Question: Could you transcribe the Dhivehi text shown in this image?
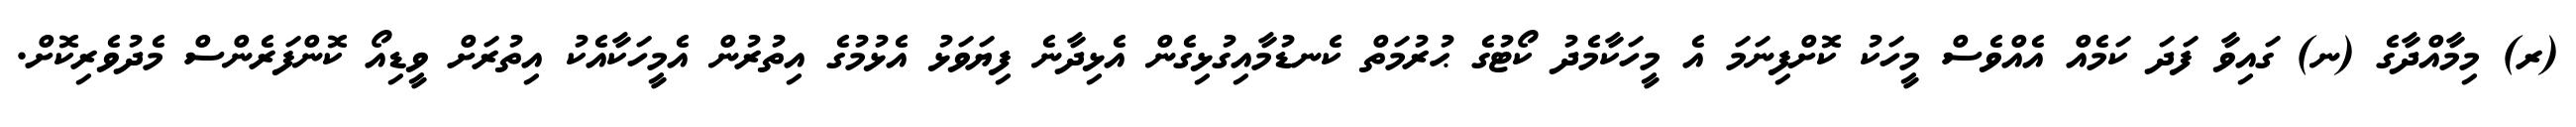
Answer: (ރ) މިމާއްދާގެ (ނ) ގައިވާ ފަދަ ކަމެއް އެއްވެސް މީހަކު ކޮށްފިނަމަ އެ މީހަކާމެދު ކޯޓުގެ ޙުރުމަތް ކެނޑުމާއިގުޅިގެން އެޅިދާނެ ފިޔަވަޅު އެޅުމުގެ އިތުރުން އެމީހަކާއެކު އިތުރަށް ވީޑިއޯ ކޮންފަރެންސް މެދުވެރިކޮށް.